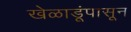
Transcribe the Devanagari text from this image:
खेळाडूंपासून